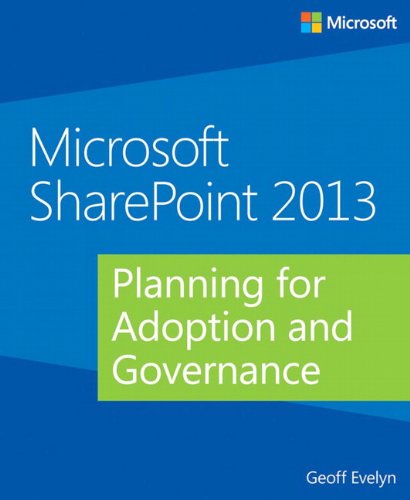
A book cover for Microsoft SharePoint 2013 Planning for Adoption and Governance; Geoff Evelyn; Computers & Technology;